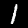
Digit: 1